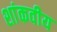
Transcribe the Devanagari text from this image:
शांकवीय